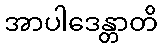
အာပါဒေန္တာတိ